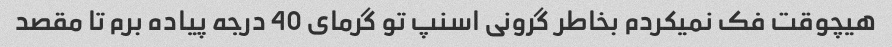
هیچوقت فک نمیکردم بخاطر گرونی اسنپ تو گرمای 40 درجه پیاده برم تا مقصد